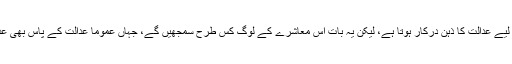
حقیقت کا ادراک کرنے کے لیے عدالت کا ذہن درکار ہوتا ہے، لیکن یہ بات اُس معاشرے کے لوگ کس طرح سمجھیں گے، جہاں عموماً عدالت کے پاس بھی عدالت کا ذہن موجود نہیں ہوتا۔